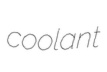
coolant